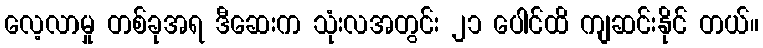
လေ့လာမှု တစ်ခုအရ ဒီဆေးက သုံးလအတွင်း ၂၁ ပေါင်ထိ ကျဆင်းနိုင် တယ်။